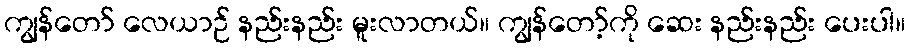
ကျွန်တော် လေယာဉ် နည်းနည်း မူးလာတယ်။ ကျွန်တော့်ကို ဆေး နည်းနည်း ပေးပါ။